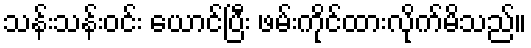
သန်းသန်းဝင်း ယောင်ပြီး ဖမ်းကိုင်ထားလိုက်မိသည်။